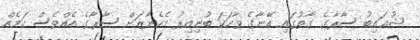
ޝުޢައިބު ސާރާގެ ގާތުގައި އޭނާގެ ވާހަކަ ބުނިއިރު މެހެނާޒަށް ސާރާގެ އެއްވެސް ކަމެއް